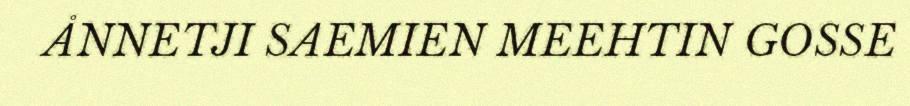
ÅNNETJI SAEMIEN MEEHTIN GOSSE